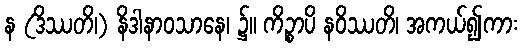
န (ဒိဿတိ၊) နိဒါနာဝသာနေ၊ ၌။ ကိဉ္စာပိ နဝိဿတိ၊ အကယ်၍ကား